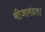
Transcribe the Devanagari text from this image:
बीजामंडल।